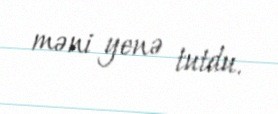
məni yenə tutdu.